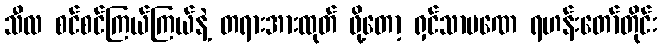
သီလ စင်စင်ကြယ်ကြယ်နဲ့ တရားအားထုတ် ဖို့တော့ ရှင်သာမဏေ ရဟန်းတော်တိုင်း